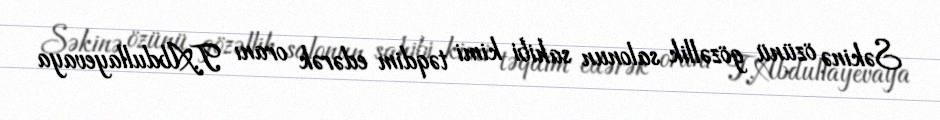
Səkinə özünü gözəllik salonun sahibi kimi təqdim edərək oranı T.Abdullayevaya